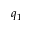
q _ { 1 }